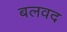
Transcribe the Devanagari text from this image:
बलवद